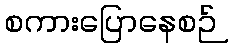
စကားပြောနေစဉ်